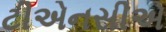
ટીએનસીએ